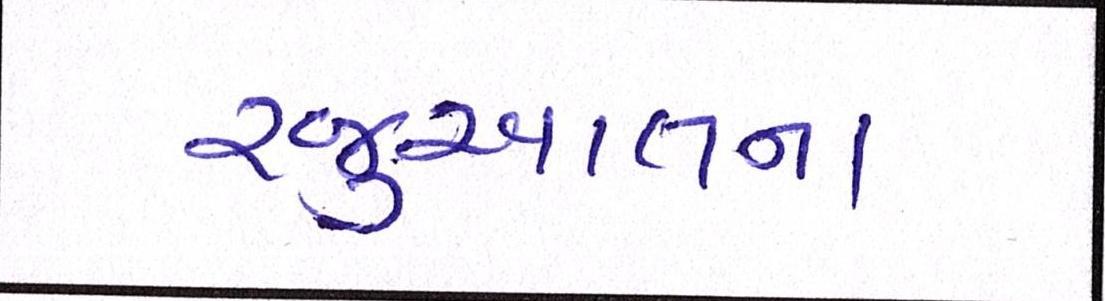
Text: રજુઆતના